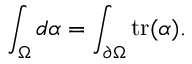
\int _ { \Omega } d \alpha = \int _ { \partial \Omega } \mathrm { t r } ( \alpha ) .